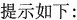
提示如下：